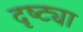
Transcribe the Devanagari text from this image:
दृष्‍ट्या